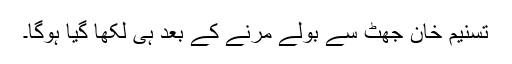
تسنیم خان جھٹ سے بولے مرنے کے بعد ہی لکھا گیا ہوگا۔